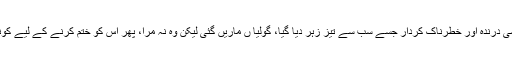
تاریخ کا بدترین جنسی درندہ اور خطرناک کردار جسے سب سے تیز زہر دیا گیا، گولیا ں ماریں گئی لیکن وہ نہ مرا، پھر اس کو ختم کرنے کے لیے کونسا طریقہ اپنایا گیا؟